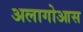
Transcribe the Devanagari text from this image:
अलागोआस